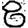
Digit: 8